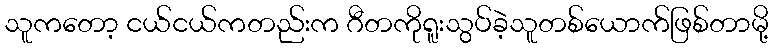
သူကတော့ ငယ်ငယ်ကတည်းက ဂီတကိုရူးသွပ်ခဲ့သူတစ်ယောက်ဖြစ်တာမို့